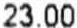
23.00